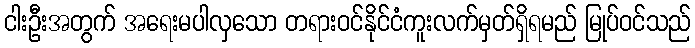
ငါးဦးအတွက် အရေးမပါလှသော တရားဝင်နိုင်ငံကူးလက်မှတ်ရှိရမည် မြုပ်ဝင်သည်